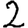
Digit: 2